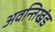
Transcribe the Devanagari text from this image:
अवन्तिखंड